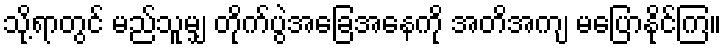
သို့ရာတွင် မည်သူမျှ တိုက်ပွဲအခြေအနေကို အတိအကျ မပြောနိုင်ကြ။